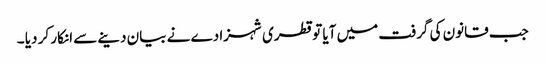
جب قانون کی گرفت میں آیا تو قطری شہزادے نے بیان دینے سے انکار کر دیا ۔